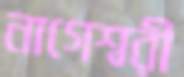
নাগেশ্বরী